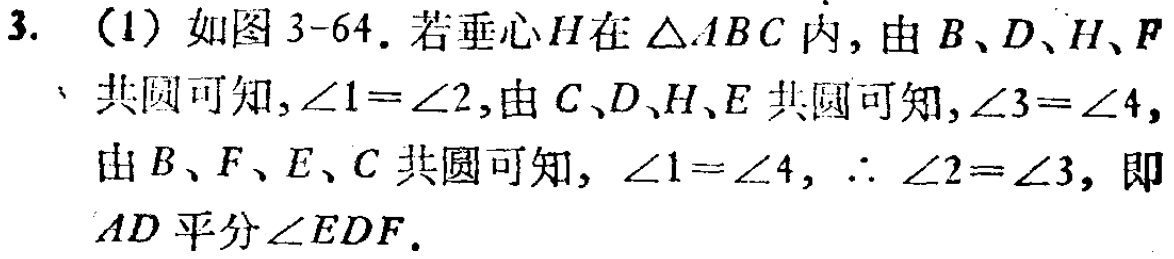
3. （1）如图3-64. 若垂心\(H\)在\(\triangle ABC\)内，由\(B\)、\(D\)、\(H\)、\(F\)共圆可知，\(\angle1 = \angle2\)，由\(C\)、\(D\)、\(H\)、\(E\)共圆可知，\(\angle3 = \angle4\)，由\(B\)、\(F\)、\(E\)、\(C\)共圆可知，\(\angle1 = \angle4\)，\(\therefore \angle2 = \angle3\)，即\(AD\)平分\(\angle EDF\).